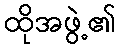
ထိုအဖွဲ့၏